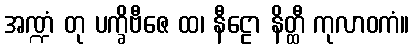
အဏ္ဍံ တု ပက္ခိဗီဇေ ထ၊ နီဠော နိတ္ထီ ကုလာဝကံ။